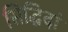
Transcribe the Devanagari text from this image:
सिद्धिदां